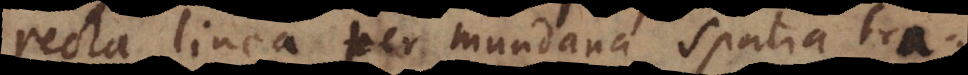
recta linea per mundana spatia tra